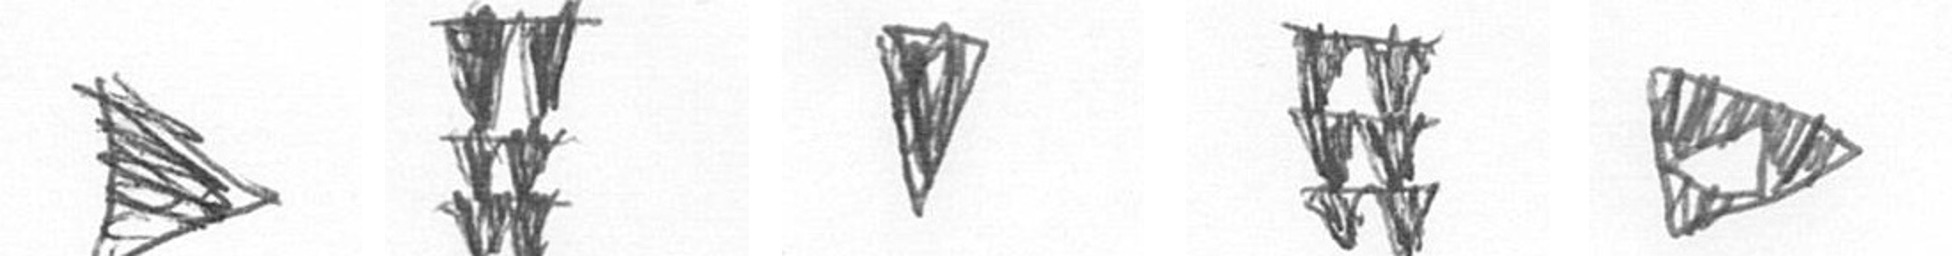
T Y J Y K